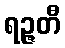
ရဉ္ဇတီ